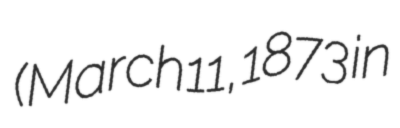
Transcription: (March 11, 1873 in